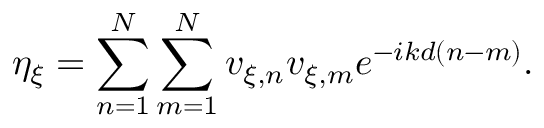
\eta _ { \xi } = \sum _ { n = 1 } ^ { N } \sum _ { m = 1 } ^ { N } v _ { \xi , n } v _ { \xi , m } e ^ { - i k d ( n - m ) } .